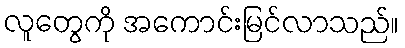
လူတွေကို အကောင်းမြင်လာသည်။